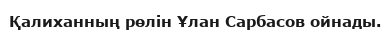
Қалиханның рөлін Ұлан Сарбасов ойнады.